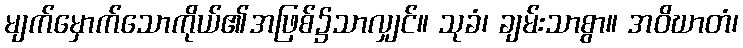
မျက်မှောက်သောကိုယ်၏အဖြစ်၌သာလျှင်။ သုခံ၊ ချမ်းသာစွာ။ အဝိဃာတံ၊